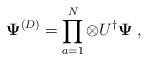
LaTeX: \begin{align*}{\bf\Psi}^{(D)}=\prod_{a=1}^N\otimes U^\dagger{\bf\Psi}\;,\end{align*}